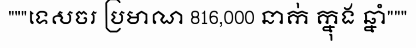
"""ទេសចរ ប្រមាណ 816,000 នាក់ ក្នុង ឆ្នាំ"""